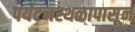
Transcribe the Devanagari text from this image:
पर्यटनस्थळापासून